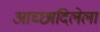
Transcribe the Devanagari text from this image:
आच्छादिलेला